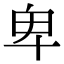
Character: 卑